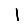
Digit: 1